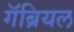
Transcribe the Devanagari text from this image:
गॅब्रियल